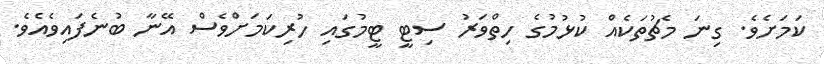
ކަމަށެވެ. ގިނަ މެޗުތަކެއް ކުޅުމުގެ ހިތްވަރު ސިޓީ ޓީމުގައި ހުރިކަމަށްވެސް އޭނާ ބުނެފައިވެއެވެ.